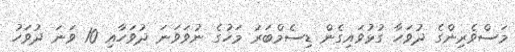
މަސްވެރިންގެ ދުވަހާ ގުޅުވައިގެން ޑިސެމްބަރު މަހުގެ ނުވަވަނަ ދުވަހާއި 10 ވަނަ ދުވަހު